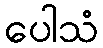
ပေါသံ